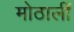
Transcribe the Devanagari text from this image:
मोठालीं